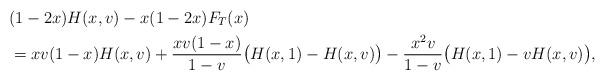
LaTeX: \begin{align*}&(1-2x)H(x,v)-x(1-2x)F_T(x)\\&=xv(1-x)H(x,v)+\frac{xv(1-x)}{1-v}\big(H(x,1)-H(x,v)\big)-\frac{x^2v}{1-v}\big(H(x,1)-vH(x,v)\big),\end{align*}